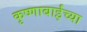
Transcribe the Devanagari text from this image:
कृष्णाबाईंच्या